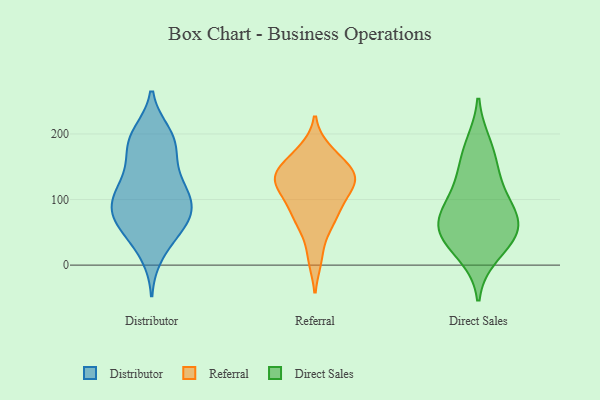
{"axis": {"x": "Waste Production (Tons)", "y": "Value"}, "legend": ["Direct Sales", "Distributor", "Referral"], "data": [{"x": "", "y": 62, "type": "Distributor"}, {"x": "", "y": 139, "type": "Distributor"}, {"x": "", "y": 59, "type": "Distributor"}, {"x": "", "y": 186, "type": "Distributor"}, {"x": "", "y": 148, "type": "Distributor"}, {"x": "", "y": 82, "type": "Distributor"}, {"x": "", "y": 67, "type": "Distributor"}, {"x": "", "y": 198, "type": "Distributor"}, {"x": "", "y": 37, "type": "Distributor"}, {"x": "", "y": 107, "type": "Distributor"}, {"x": "", "y": 116, "type": "Distributor"}, {"x": "", "y": 77, "type": "Distributor"}, {"x": "", "y": 200, "type": "Distributor"}, {"x": "", "y": 108, "type": "Distributor"}, {"x": "", "y": 188, "type": "Distributor"}, {"x": "", "y": 77, "type": "Distributor"}, {"x": "", "y": 17, "type": "Distributor"}, {"x": "", "y": 110, "type": "Distributor"}, {"x": "", "y": 178, "type": "Distributor"}, {"x": "", "y": 94, "type": "Distributor"}, {"x": "", "y": 90, "type": "Referral"}, {"x": "", "y": 61, "type": "Referral"}, {"x": "", "y": 133, "type": "Referral"}, {"x": "", "y": 165, "type": "Referral"}, {"x": "", "y": 96, "type": "Referral"}, {"x": "", "y": 139, "type": "Referral"}, {"x": "", "y": 136, "type": "Referral"}, {"x": "", "y": 117, "type": "Referral"}, {"x": "", "y": 127, "type": "Referral"}, {"x": "", "y": 10, "type": "Referral"}, {"x": "", "y": 66, "type": "Referral"}, {"x": "", "y": 175, "type": "Referral"}, {"x": "", "y": 139, "type": "Referral"}, {"x": "", "y": 65, "type": "Direct Sales"}, {"x": "", "y": 97, "type": "Direct Sales"}, {"x": "", "y": 48, "type": "Direct Sales"}, {"x": "", "y": 78, "type": "Direct Sales"}, {"x": "", "y": 56, "type": "Direct Sales"}, {"x": "", "y": 156, "type": "Direct Sales"}, {"x": "", "y": 123, "type": "Direct Sales"}, {"x": "", "y": 43, "type": "Direct Sales"}, {"x": "", "y": 183, "type": "Direct Sales"}, {"x": "", "y": 17, "type": "Direct Sales"}]}